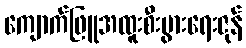
ကျောက်ဖြူအထူးစီးပွားရေးဇုန်